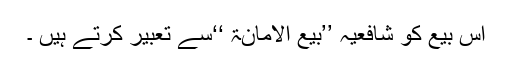
اس بیع کو شافعیہ ’’بیع الأمانۃ ‘‘سے تعبیر کرتے ہیں ۔